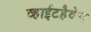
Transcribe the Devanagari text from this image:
व्हाईटहैवेन